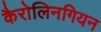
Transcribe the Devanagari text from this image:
कैरोलिनगियन